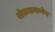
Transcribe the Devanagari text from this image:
खेळाप्रमाणेच